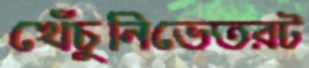
খেঁচুনিভেতরট